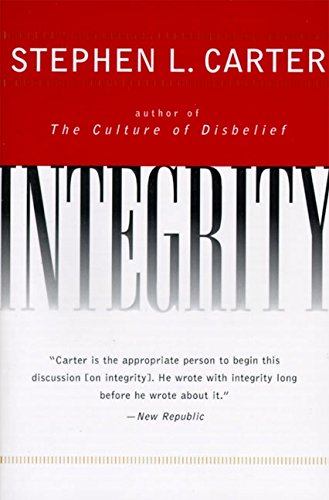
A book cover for Integrity; Stephen L. Carter; Religion & Spirituality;